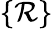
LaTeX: \{ \mathcal R\}